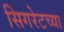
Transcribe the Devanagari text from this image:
सिगरेटच्या